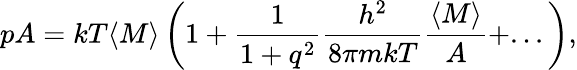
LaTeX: pA=kT\langle M\rangle\left(1+\frac{1}{1+q^{2}}\frac{h^{2}}{8\pi mkT}\frac{\langle M\rangle}{A}+...\right),